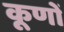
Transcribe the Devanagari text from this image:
कूणों